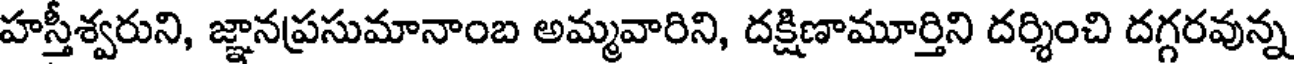
హస్తీశ్వరుని, జ్ఞానప్రసుమానాంబ అమ్మవారిని, దక్షిణామూర్తిని దర్శించి దగ్గరవున్న